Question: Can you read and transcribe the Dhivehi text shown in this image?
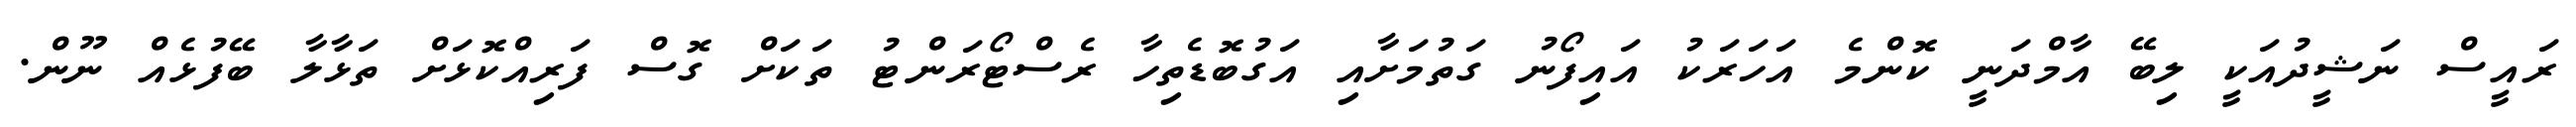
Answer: ރައީސް ނަޝީދުއަކީ ލިބޭ އާމްދަނީ ކޮންމެ އަހަރަކު އައިފޯނު ގަތުމަށާއި އަގުބޮޑެތިހާ ރެސްޓޯރަންޓު ތަކަށް ގޮސް ފަރިއްކޮޅަށް ތަޅާލާ ބޭފުޅެއް ނޫން.